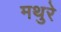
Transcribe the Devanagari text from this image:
मथुरे